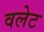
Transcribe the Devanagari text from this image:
वलेट